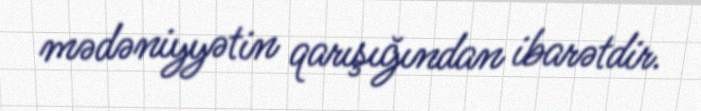
mədəniyyətin qarışığından ibarətdir.